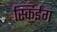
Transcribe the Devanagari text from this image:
स्किईंग